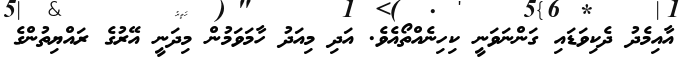
އާއިމެދު ދެކިވަޑައި ގަންނަވަނީ ކިހިނެއްތޯއެވެ. އަދި މިއަދު ހާމަވަމުން މިދަނީ އޭރުގެ ރައްޔިތުންގެ